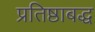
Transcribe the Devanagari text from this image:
प्रतिष्ठाबद्ध